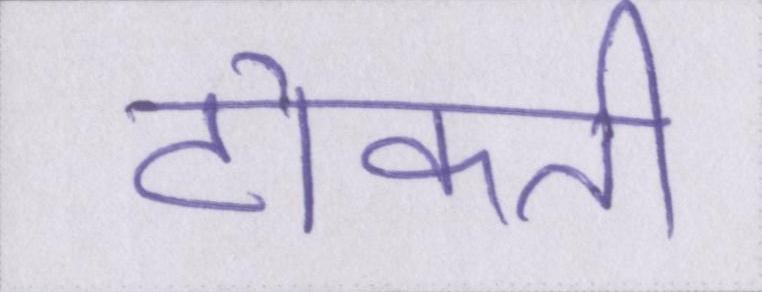
टोकती